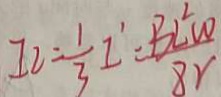
I _ { 2 } = \frac { 1 } { 3 } I ^ { \prime } - \frac { B L ^ { 2 } w } { 8 r }